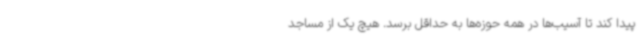
پیدا کند تا آسیب‌ها در همه حوزه‌ها به حداقل برسد. هیچ یک از مساجد